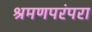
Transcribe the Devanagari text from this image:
श्रमणपरंपरा